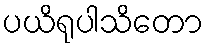
ပယိရုပါသိတော